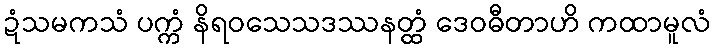
ဍံသမကသံ ပက္ကံ နိရဝသေသဒဿနတ္ထံ ဒေဝဓီတာဟိ ကထာမူလံ